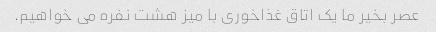
عصر بخیر ما یک اتاق غذاخوری با میز هشت نفره می خواهیم.